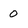
Character: 0